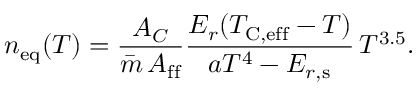
n _ { \mathrm { e q } } ( T ) = \frac { A _ { C } } { \bar { m } \, A _ { \mathrm { f f } } } \frac { E _ { r } ( T _ { \mathrm { C , e f f } } - T ) } { a T ^ { 4 } - \ensuremath { E _ { r , \mathrm { s } } } } \, T ^ { 3 . 5 } .